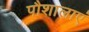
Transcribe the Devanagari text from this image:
पौशालाएं